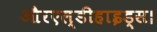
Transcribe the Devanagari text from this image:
औरएल्डीहाइड्स।